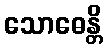
သောဓေန္တိ